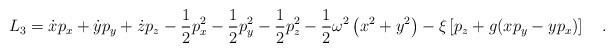
\begin{align*}L_3=\dot{x}p_x+\dot{y}p_y+\dot{z}p_z-\frac{1}{2}p^2_x-\frac{1}{2}p^2_y-\frac{1}{2}p^2_z-\frac{1}{2}\omega^2\left(x^2+y^2\right)-\xi\left[p_z+g(xp_y-yp_x)\right]\ \ \ .\end{align*}